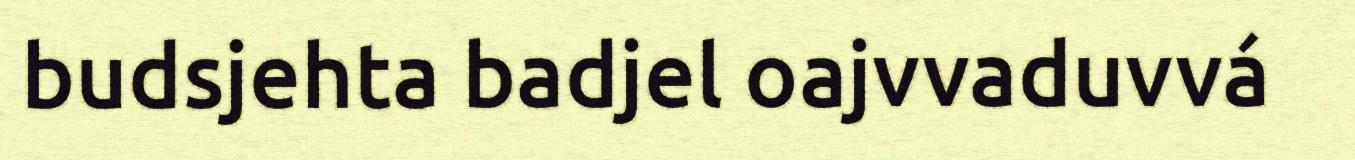
budsjehta badjel oajvvaduvvá